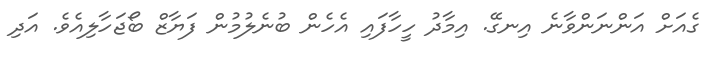
ގެއަށް އަންނަންވާނެ އިނގޭ. އިމާދު ހީހާފައި އެހެން ބުނެލުމުން ފަޔާޒް ބޯޖަހާލިއެވެ. އަދި